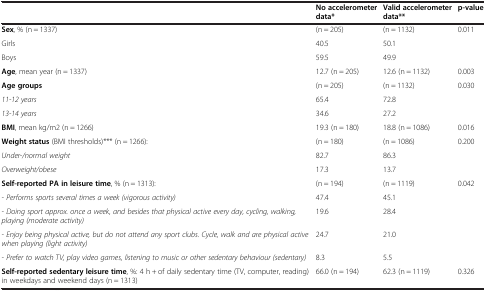
|  | No accelerometer data* | Valid accelerometer data** | p-value |
 | --- | --- | --- | --- |
 | Sex, % (n = 1337) | (n = 205) | (n = 1132) | 0.011 |
 | Girls | 40.5 | 50.1 |  |
 | Boys | 59.5 | 49.9 |  |
 | Age, mean year (n = 1337) | 12.7 (n = 205) | 12.6 (n = 1132) | 0.003 |
 | Age groups | (n = 205) | (n = 1132) | 0.030 |
 | 11-12 years | 65.4 | 72.8 |  |
 | 13-14 years | 34.6 | 27.2 |  |
 | BMI, mean kg/m2 (n = 1266) | 19.3 (n = 180) | 18.8 (n = 1086) | 0.016 |
 | Weight status (BMI thresholds)*** (n = 1266): | (n = 180) | (n = 1086) | 0.200 |
 | Under-/normal weight | 82.7 | 86.3 |  |
 | Overweight/obese | 17.3 | 13.7 |  |
 | Self-reported PA in leisure time, % (n = 1313): | (n = 194) | (n = 1119) | 0.042 |
 | - Performs sports several times a week (vigorous activity) | 47.4 | 45.1 |  |
 | - Doing sport approx. once a week, and besides that physical active every day, cycling, walking, playing (moderate activity) | 19.6 | 28.4 |  |
 | - Enjoy being physical active, but do not attend any sport clubs. Cycle, walk and are physical active when playing (light activity) | 24.7 | 21.0 |  |
 | - Prefer to watch TV, play video games, listening to music or other sedentary behaviour (sedentary) | 8.3 | 5.5 |  |
 | Self-reported sedentary leisure time, %: 4 h + of daily sedentary time (TV, computer, reading) in weekdays and weekend days (n = 1313) | 66.0 (n = 194) | 62.3 (n = 1119) | 0.326 |